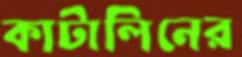
কাটালিনের